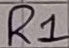
Text: R1